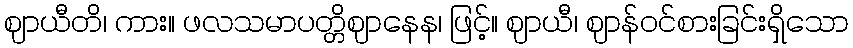
ဈာယီတိ၊ ကား။ ဖလသမာပတ္တိဈာနေန၊ ဖြင့်။ ဈာယီ၊ ဈာန်ဝင်စားခြင်းရှိသော